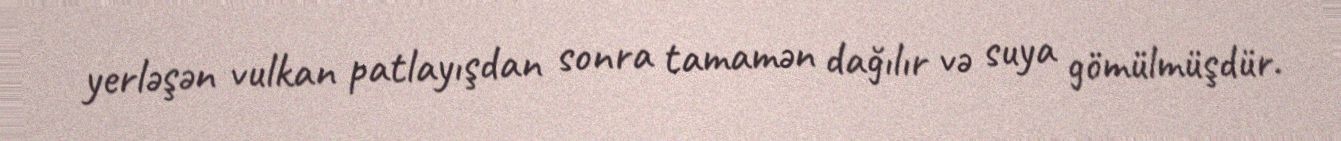
yerləşən vulkan patlayışdan sonra tamamən dağılır və suya gömülmüşdür.